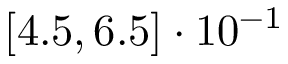
[ 4 . 5 , 6 . 5 ] \cdot 1 0 ^ { - 1 }